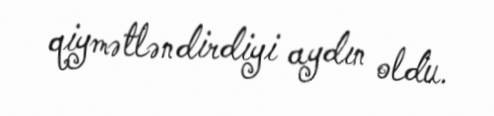
qiymətləndirdiyi aydın oldu.